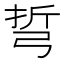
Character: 𢏨